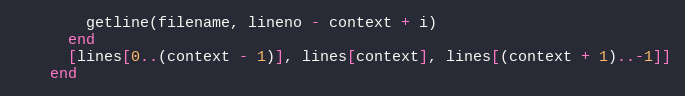
Language: Ruby
        getline(filename, lineno - context + i)
      end
      [lines[0..(context - 1)], lines[context], lines[(context + 1)..-1]]
    end